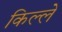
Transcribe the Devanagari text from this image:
किल्‍ले